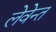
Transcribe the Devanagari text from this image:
लेवेन्त